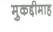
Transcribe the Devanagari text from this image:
मुकद्दीमाह